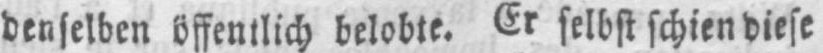
denselben öffentlich belobte. Er selbst schien diese